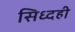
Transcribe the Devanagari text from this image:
सिध्दही